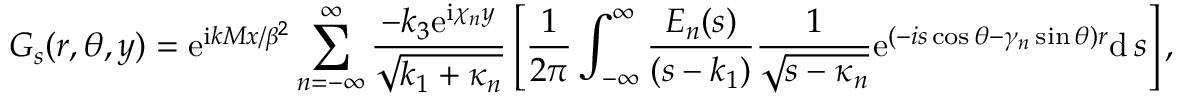
G _ { s } ( r , \theta , y ) = \mathrm { e } ^ { \mathrm { i } k M x / \beta ^ { 2 } } \sum _ { n = - \infty } ^ { \infty } \frac { - k _ { 3 } \mathrm { e } ^ { \mathrm { i } \chi _ { n } y } } { \sqrt { k _ { 1 } + \kappa _ { n } } } \left[ \frac { 1 } { 2 \pi } \int _ { - \infty } ^ { \infty } \frac { E _ { n } ( s ) } { ( s - k _ { 1 } ) } \frac { 1 } { \sqrt { s - \kappa _ { n } } } \mathrm { e } ^ { ( - i s \cos \theta - \gamma _ { n } \sin \theta ) r } \mathrm { d } \, s \right] ,